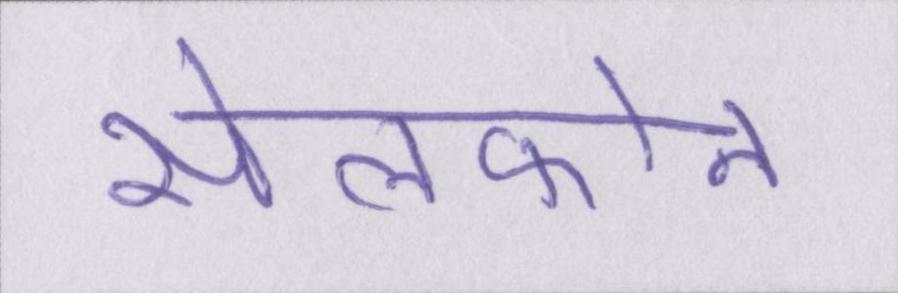
सेलफोन